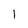
Character: l